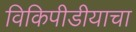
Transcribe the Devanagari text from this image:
विकिपीडीयाचा